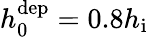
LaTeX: h_{0}^{\mathrm{dep}}=0.8h_{\mathrm{i}}